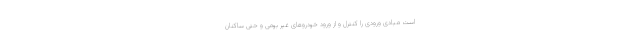
است مبادی ورودی را کنترل و از ورود خودروهای غیر بومی و حتی ساکنان